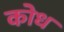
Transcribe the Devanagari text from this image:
कोध